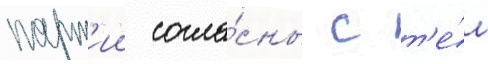
парт'ии согла́сны с т'е́м